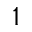
^ 1